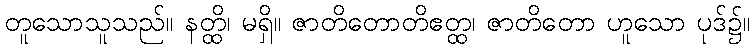
တူသောသူသည်။ နတ္ထိ၊ မရှိ။ ဇာတိတောတိဧတ္ထ၊ ဇာတိတော ဟူသော ပုဒ်၌။